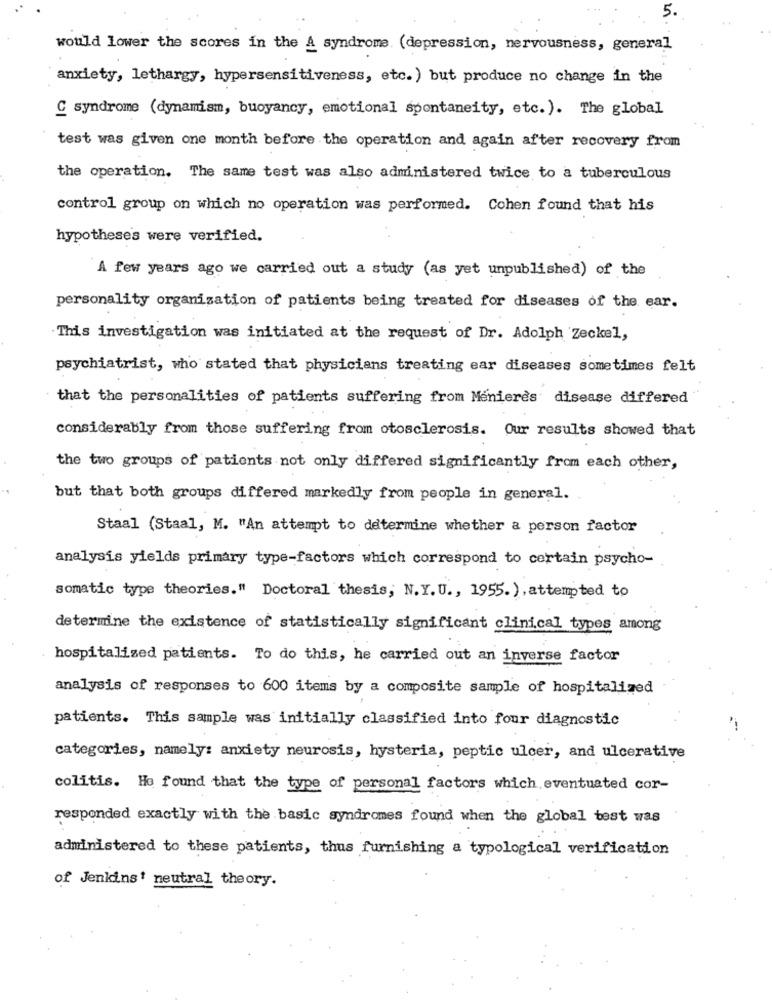
5.
would lower the scores in the A syndrome (depression, nervousness, general
anxiety, lethargy, hypersensitiveness, etc. ) but produce no change in the
C syndrome (dynamism, buoyancy, emotional spontaneity, etc. ). The global
test was given one month before the operation and again after recovery from
the operation. The same test was also administered twice to a tuberculous
control group on which no operation was performed. Cohen found that his
hypotheses were verified.
A few years ago we carried out a study (as yet unpublished) of the
personality organization of patients being treated for diseases of the ear.
This investigation was initiated at the request of Dr. Adolph Zeckel,
psychiatrist, who stated that physicians treating ear diseases sometimes felt
that the personalities of patients suffering from Menieres disease differed
considerably from those suffering from otosclerosis. Our results showed that
the two groups of patients not only differed significantly from each other,
but that both groups differed markedly from people in general.
Staal (Staal, M. "An attempt to determine whether a person factor
analysis yields primary type-factors which correspond to certain psycho-
somatic type theories." Doctoral thesis, N.Y. U ., 1955. ). attempted to
determine the existence of statistically significant clinical types among
hospitalized patients. To do this, he carried out an inverse factor
analysis of responses to 600 items by a composite sample of hospitalized
patients. This sample was initially classified into four diagnostic
categories, namely: anxiety neurosis, hysteria, peptic ulcer, and ulcerative
colitis. He found that the type of personal factors which eventuated cor-
responded exactly with the basic syndromes found when the global test was
administered to these patients, thus furnishing a typological verification
of Jenkins' neutral theory.